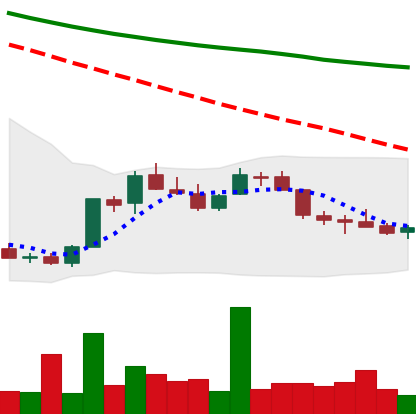
Ticker: LINK-USD
Chart end date: 2018-07-15
Forward return: 8.6%
Label: up_7plus